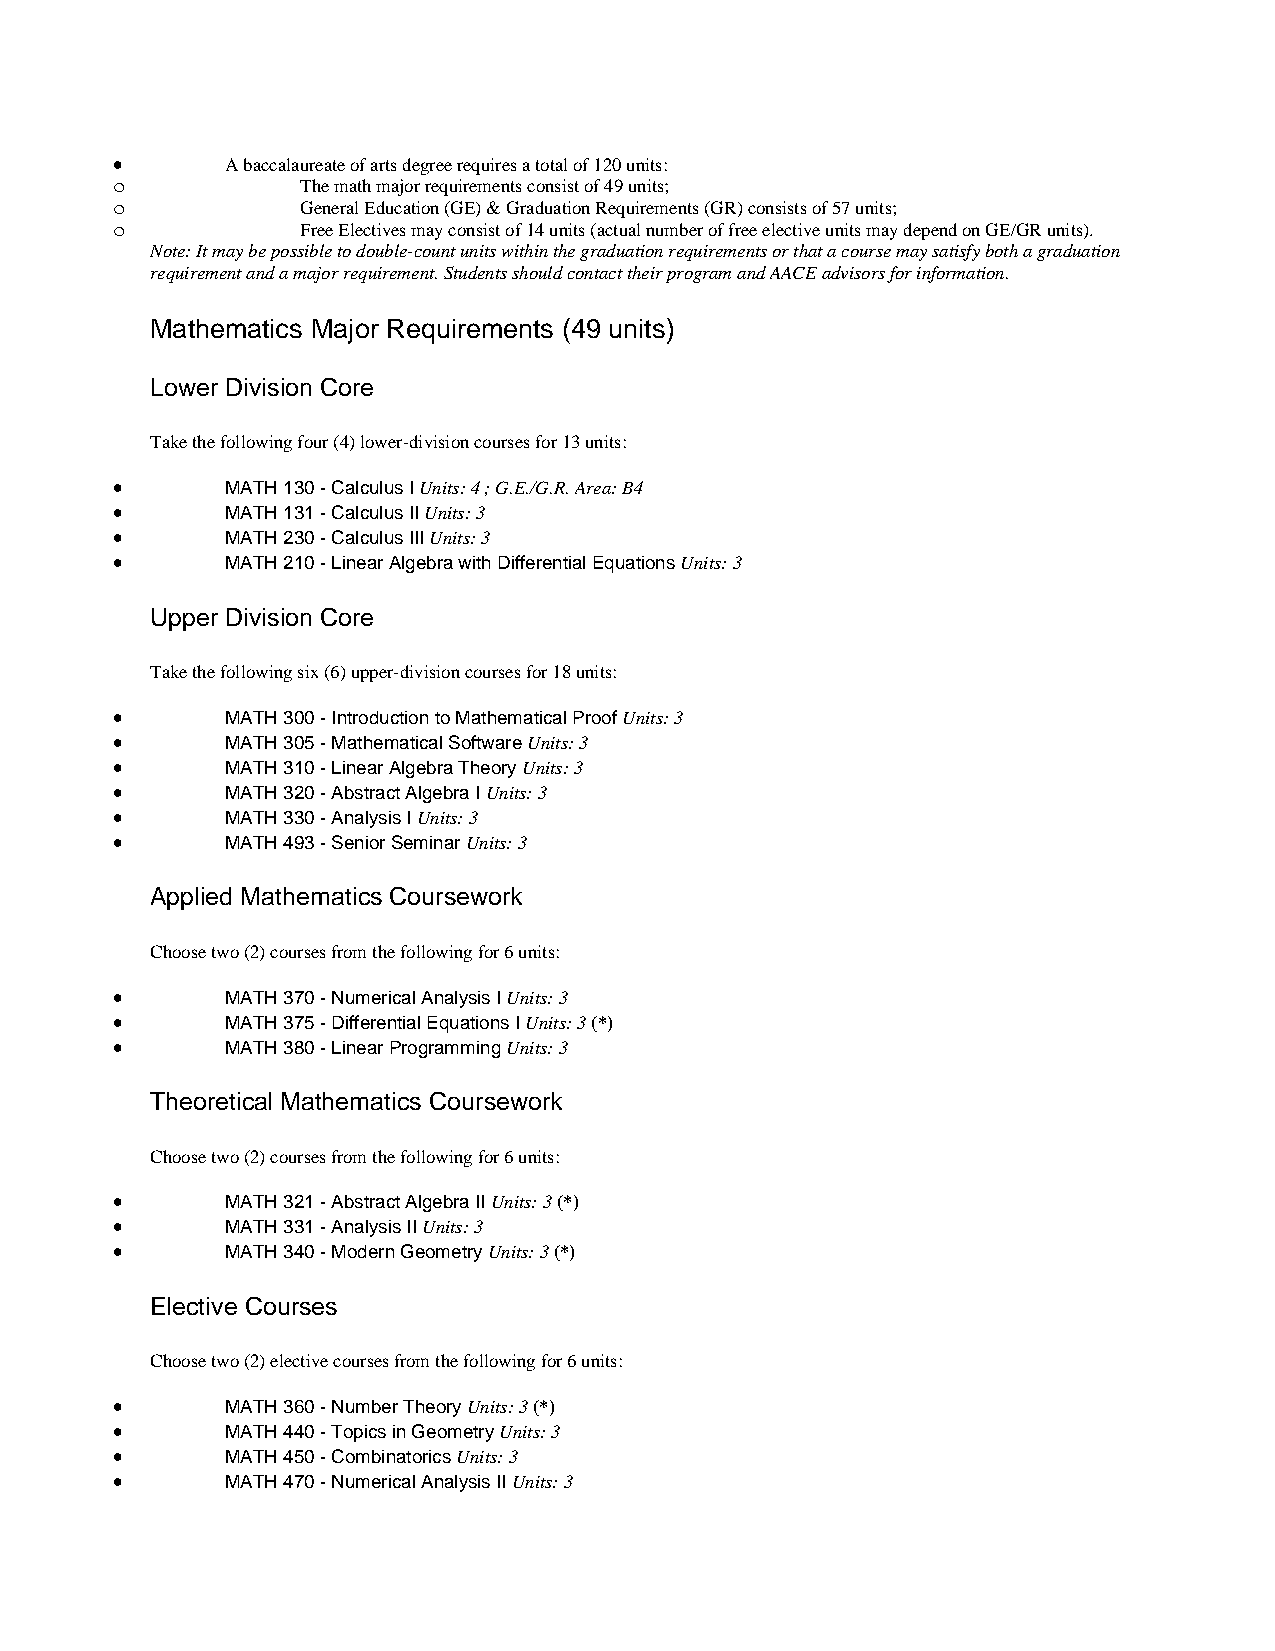
•       A baccalaureate of arts degree requires a total of 120 units:
 o            The math major requirements consist of 49 units;
 o            General Education (GE) & Graduation Requirements (GR) consists of 57 units;
 o            Free Electives may consist of 14 units (actual number of free elective units may depend on GE/GR units).
 Note: It may be possible to double-count units within the graduation requirements or that a course may satisfy both a graduation
 requirement and a major requirement. Students should contact their program and AACE advisors for information.
 Mathematics Major Requirements (49 units)
 Lower Division Core
 Take the following four (4) lower-division courses for 13 units:
 •       MATH 130 - Calculus I Units: 4 ; G.E./G.R. Area: B4
 •       MATH 131 - Calculus II Units: 3
 •       MATH 230 - Calculus III Units: 3
 •       MATH 210 - Linear Algebra with Differential Equations Units: 3
 Upper Division Core
 Take the following six (6) upper-division courses for 18 units:
 •       MATH 300 - Introduction to Mathematical Proof Units: 3
 •       MATH 305 - Mathematical Software Units: 3
 •       MATH 310 - Linear Algebra Theory Units: 3
 •       MATH 320 - Abstract Algebra I Units: 3
 •       MATH 330 - Analysis I Units: 3
 •       MATH 493 - Senior Seminar Units: 3
 Applied Mathematics Coursework
 Choose two (2) courses from the following for 6 units:
 •       MATH 370 - Numerical Analysis I Units: 3
 •       MATH 375 - Differential Equations I Units: 3 (*)
 •       MATH 380 - Linear Programming Units: 3
 Theoretical Mathematics Coursework
 Choose two (2) courses from the following for 6 units:
 •       MATH 321 - Abstract Algebra II Units: 3 (*)
 •       MATH 331 - Analysis II Units: 3
 •       MATH 340 - Modern Geometry Units: 3 (*)
 Elective Courses
 Choose two (2) elective courses from the following for 6 units:
 •       MATH 360 - Number Theory Units: 3 (*)
 •       MATH 440 - Topics in Geometry Units: 3
 •       MATH 450 - Combinatorics Units: 3
 •       MATH 470 - Numerical Analysis II Units: 3